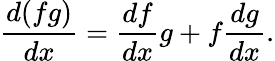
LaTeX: {\frac{d(fg)}{dx}}={\frac{df}{dx}}g+f{\frac{dg}{dx}}.